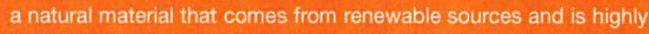
a natural material that comes from renewable sources and is highly